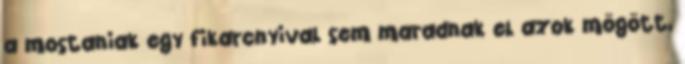
a mostaniak egy fikarcnyival sem maradnak el azok mögött,